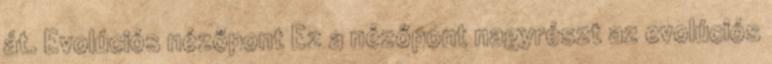
át. Evolúciós nézőpont Ez a nézőpont nagyrészt az evolúciós